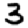
Digit: 3